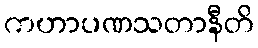
ကဟာပဏသတာနီတိ